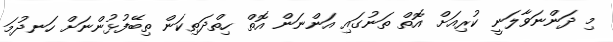
މި ދަންނަވާލަނީ ކުރިއަށް އޮތް ތަނުގައި އަންނަން އޮތް ހިތްދަތިކަން ތިބޭފުޅުންނަށް ހަނދުމަ